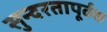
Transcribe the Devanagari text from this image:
सुन्दरतापूर्वक